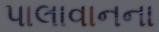
પાલાવાનના